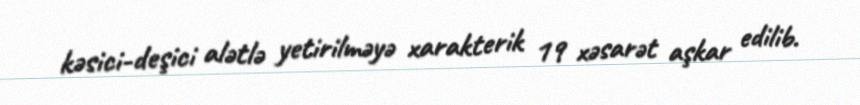
kəsici-deşici alətlə yetirilməyə xarakterik 19 xəsarət aşkar edilib.